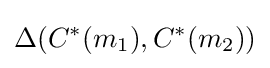
\Delta (C^{*}(m_{1}),C^{*}(m_{2}))